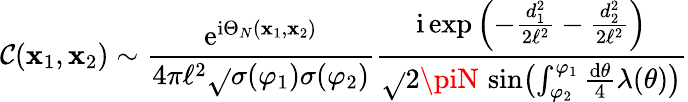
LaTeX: \mathcal{C}(\textbf{x}_{1},\textbf{x}_{2})\sim\frac{{\mathrm{{e}}^{\mathrm{{i}}\Theta_{N}(\textbf{x}_{1},\textbf{x}_{2})}}}{{4\pi\ell^{2}\sqrt{}{{\sigma(\varphi_{1})\sigma(\varphi_{2})}}}}\frac{{\mathrm{{i}}\exp\left(-\frac{{d_{1}^{2}}}{{2\ell^{2}}}-\frac{{d_{2}^{2}}}{{2\ell^{2}}}\right)}}{{\sqrt{}{{2\piN}}\, \sin\bigl(\int_{\varphi_{2}}^{\varphi_{1}}\frac{{\mathrm{{d}}\theta}}{{4}}\lambda(\theta)\bigr)}}